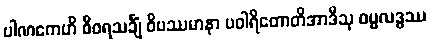
ပါဏကေဟိ စီဝရသင်္ချံ ဝိပဿမာနာ ပဝါရိတောတိအာဒီသု ဓမ္မလဒ္ဓဿ